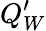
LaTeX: Q_{W}^{\prime}